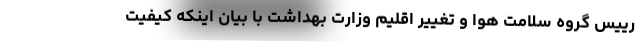
رییس گروه سلامت هوا و تغییر اقلیم وزارت بهداشت با بیان اینکه کیفیت